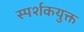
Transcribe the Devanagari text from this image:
स्पर्शकयुक्त